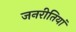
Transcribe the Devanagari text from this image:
जनरीतियां